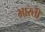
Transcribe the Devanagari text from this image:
भारतीे